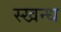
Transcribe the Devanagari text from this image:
स्खन्ध